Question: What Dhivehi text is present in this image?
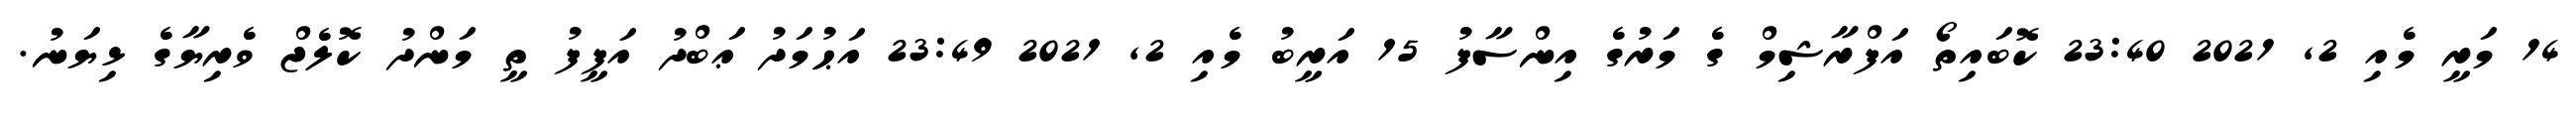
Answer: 14 މަރީ މެއި 2, 2021 23:40 ކޮބައިތޯ އަފްރާޝިމް ގެ މަރުގެ އިންސާފު 15 އަރީބު މެއި 2, 2021 23:49 އަޙުމަދު ޢަބްދު އަފީފު ތީ މަންދު ކޮލެޖް ވެރިޔާގެ ޅިޔަނު.